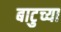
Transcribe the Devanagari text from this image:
बाटुच्या